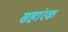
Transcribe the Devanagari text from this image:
सहांरक